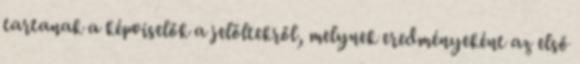
tartanak a képviselők a jelöltekről, melynek eredményeként az első